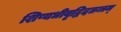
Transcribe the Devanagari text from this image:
शिष्यधीवृद्धिदतन्त्रम्